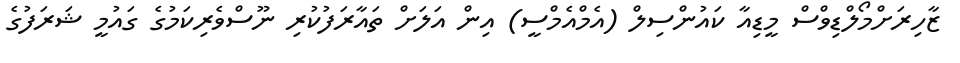
ޒާހިރަށްމޯލްޑިވްސް މީޑިއާ ކައުންސިލް (އެމްއެމްސީ) އިން އަލަށް ތައާރަފުކުރި ނޫސްވެރިކަމުގެ ގައުމީ ޝަރަފުގެ